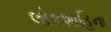
લોકશાહિના